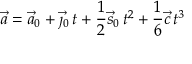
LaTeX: { \vec { a } } = { \vec { a } } _ { 0 } + { \vec { \jmath } } _ { 0 } \, t + { \frac { 1 } { 2 } } { \vec { s } } _ { 0 } \, t ^ { 2 } + { \frac { 1 } { 6 } } { \vec { c } } \, t ^ { 3 }